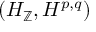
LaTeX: ( H _ { \mathbb { Z } } , H ^ { p , q } )